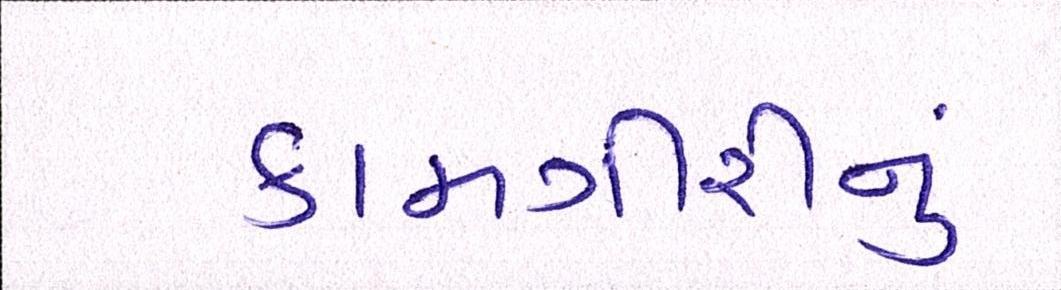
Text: કામગીરીનું